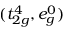
( t _ { 2 g } ^ { 4 } , e _ { g } ^ { 0 } )